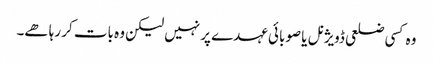
وہ کسی ضلعی ڈویژنل یا صوبائی عہدے پر نہیں لیکن وہ بات کر رہا ھے۔